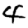
Digit: 4